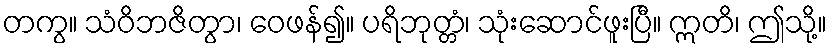
တကွ။ သံဝိဘဇိတွာ၊ ဝေဖန်၍။ ပရိဘုတ္တံ၊ သုံးဆောင်ဖူးပြီ။ ဣတိ၊ ဤသို့။